Civil Veterinary Dept. Bombay admin report 1900-1906 - 1900-1906
Year: 1900
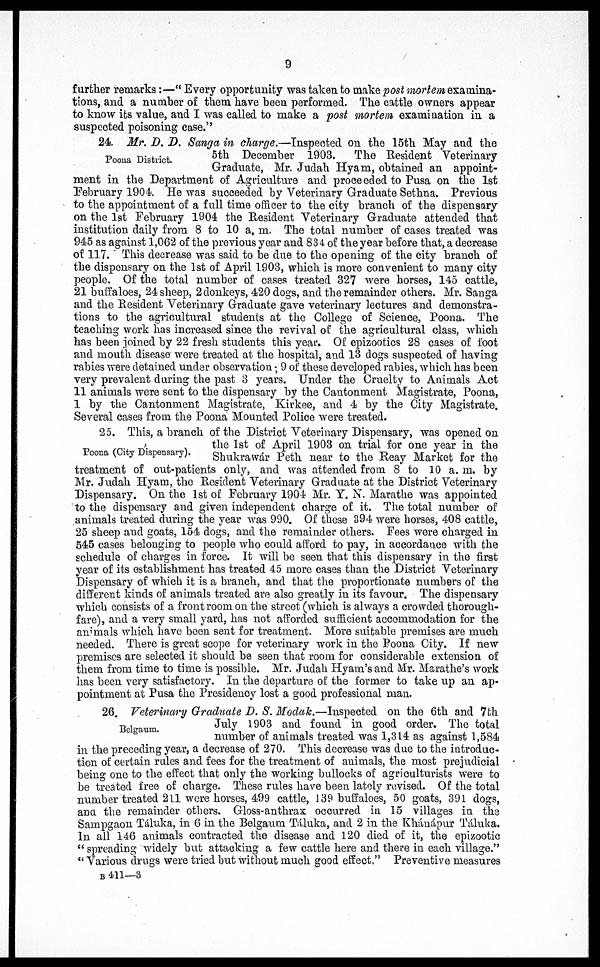
9
further remarks:—"Every opportunity was taken to make post nortem examina-
tions, and a number of them have been performed. The cattle owners appear
to know its value, and I was called to make a post mortem examination in a
suspected poisoning case."
Poona District.
24. Mr. D. D. Sanga in charge.—Inspected on the 15th May and the
5th December 1903. The Resident Veterinary
Graduate, Mr. Judah Hyam, obtained an appoint-
ment in the Department of Agriculture and proceeded to Pusa on the 1st
February 1904. He was succeeded by Veterinary Graduate Sethna. Previous
to the appointment of a full time officer to the city branch of the dispensary
on the 1st February 1904 the Resident Veterinary Graduate attended that
institution daily from 8 to 10 a. m. The total number of cases treated was
945 as against 1,062 of the previous year and 834 of the year before that, a decrease
of 117. This decrease was said to be due to the opening of the city branch of
the dispensary on the 1st of April 1903, which is more convenient to many city
people. Of the total number of cases treated 327 were horses, 145 cattle,
21 buffaloes, 24 sheep, 2 donkeys, 420 dogs, and the remainder others. Mr. Sanga
and the Resident Veterinary Graduate gave veterinary lectures and demonstra-
tions to the agricultural students at the College of Science, Poona. The
teaching work has increased since the revival of the agricultural class, which
has been joined by 22 fresh students this year. Of epizootics 28 cases of foot
and mouth disease were treated at the hospital, and 13 dogs suspected of having
rabies were detained under observation; 9 of these developed rabies, which has been
very prevalent during the past 3 years. Under the Cruelty to Animals Act
11 animals were sent to the dispensary by the Cantonment Magistrate, Poona,
1 by the Cantonment Magistrate, Kirkee, and 4 by the City Magistrate.
Several cases from the Poona Mounted Police were treated.
Poona (City Dispensary).
25. This, a branch of the District Veterinary Dispensary, was opened on
the 1st of April 1903 on trial for one year in the
Shukrawár Peth near to the Reay Market for the
treatment of out-patients only, and was attended from 8 to 10 a. m. by
Mr. Judah Hyam, the Resident Veterinary Graduate at the District Veterinary
Dispensary. On the 1st of February 1904 Mr. Y. N. Marathe was appointed
to the dispensary and given independent charge of it. The total number of
animals treated during the year was 990. Of these 894 were horses, 408 cattle,
25 sheep and goats, 154 dogs, and the remainder others. Fees were charged in
545 cases belonging to people who could afford to pay, in accordance with the
schedule of charges in force. It will be seen that this dispensary in the first
year of its establishment has treated 45 more cases than the District Veterinary
Dispensary of which it is a branch, and that the proportionate numbers of the
different kinds of animals treated are also greatly in its favour. The dispensary
which consists of a front room on the street (which is always a crowded thorough-
fare), and a very small yard, has not afforded sufficient accommodation for the
animals which have been sent for treatment. More suitable premises are much
needed. There is great scope for veterinary work in the Poona City. If new
premises are selected it should be seen that room for considerable extension of
them from time to time is possible. Mr. Judah Hyam's and Mr. Marathe's work
has been very satisfactory. In the departure of the former to take up an ap-
pointment at Pusa the Presidency lost a good professional man.
Belgaum.
26. Veterinary Graduate D. S. Modak.—Inspected on the 6th and 7th
July 1903 and found in good order. The total
number of animals treated was 1,314 as against 1,584
in the preceding year, a decrease of 270. This decrease was due to the introduc-
tion of certain rules and fees for the treatment of animals, the most prejudicial
being one to the effect that only the working bullocks of agriculturists were to
be treated free of charge. These rules have been lately revised. Of the total
number treated 21.1 were horses, 499 cattle, 139 buffaloes, 50 goats, 391 dogs,
ana the remainder others. Gloss-anthrax occurred in 15 villages in the
Sampgaon Táluka, in 6 in the Belgaum Táluka, and 2 in the Khánápur Táluka.
In all 146 animals contracted the disease and 120 died of it, the epizootic
"spreading widely but attacking a few cattle here and there in each village."
"Various drugs were tried but without much good effect." Preventive measures
B 411—3